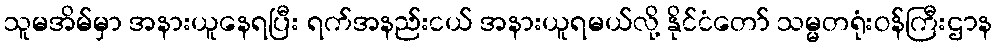
သူမအိမ်မှာ အနားယူနေရပြီး ရက်အနည်းငယ် အနားယူရမယ်လို့ နိုင်ငံတော် သမ္မတရုံးဝန်ကြီးဌာန